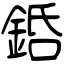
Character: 銽